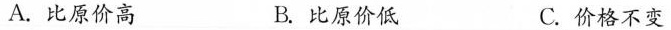
A.比原价高 B.比原价低 C.价格不变